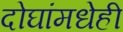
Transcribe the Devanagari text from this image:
दोघांमधेही